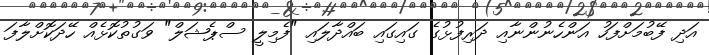
އަދި ފޭބުމަށްފަހު އަންހެނުންނާއި ދަރިފުޅުގެ ގައިގައި ބައްދާލައި "ފެމިލީ ސްޕެޝަލް" ވަގުތުކޮޅެއް ހޭދަކޮށްލާފަ